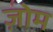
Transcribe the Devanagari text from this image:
ज़ोम